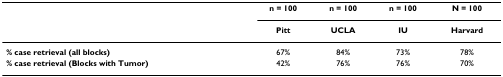
<table><thead><tr><td></td><td><b>n = 100</b></td><td><b>n = 100</b></td><td><b>n = 100</b></td><td><b>N = 100</b></td></tr><tr><td></td><td><b>Pitt</b></td><td><b>UCLA</b></td><td><b>IU</b></td><td><b>Harvard</b></td></tr></thead><tbody><tr><td><b>% case retrieval (all blocks)</b></td><td>67%</td><td>84%</td><td>73%</td><td>78%</td></tr><tr><td><b>% case retrieval (Blocks with Tumor)</b></td><td>42%</td><td>76%</td><td>76%</td><td>70%</td></tr></tbody></table>